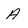
Character: A